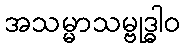
အသမ္မာသမ္ဗုဒ္ဓါဝ